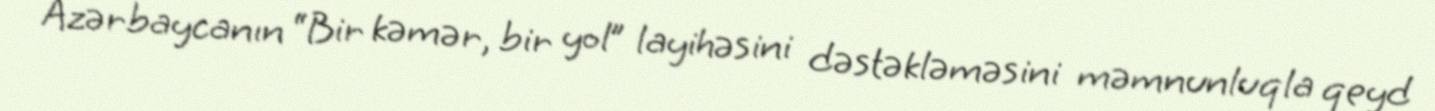
Azərbaycanın “Bir kəmər, bir yol” layihəsini dəstəkləməsini məmnunluqla qeyd